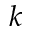
k